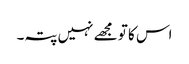
اس کا تو مجھے نہیں پتہ۔